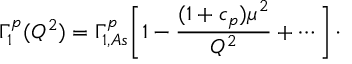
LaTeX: \Gamma _ { 1 } ^ { p } ( Q ^ { 2 } ) = \Gamma _ { 1 , A s } ^ { p } \Biggl [ 1 - { \frac { ( 1 + c _ { p } ) \mu ^ { 2 } } { Q ^ { 2 } } } + \cdots \Biggl ] \, \cdot